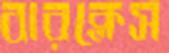
বারক্লেস